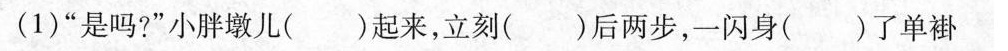
(1)”是吗?”小胖墩儿( )起来，立刻( )后两步，一闪身( )了单褂